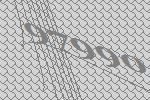
97990